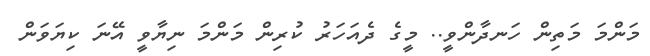
މަންމަ މަތިން ހަނދާންވީ.. މީގެ ދެއަހަރު ކުރިން މަންމަ ނިޔާވީ އޭނަ ކިޔަވަން